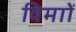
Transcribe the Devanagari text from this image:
विमाों